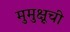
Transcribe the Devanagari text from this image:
मुमुक्षूची